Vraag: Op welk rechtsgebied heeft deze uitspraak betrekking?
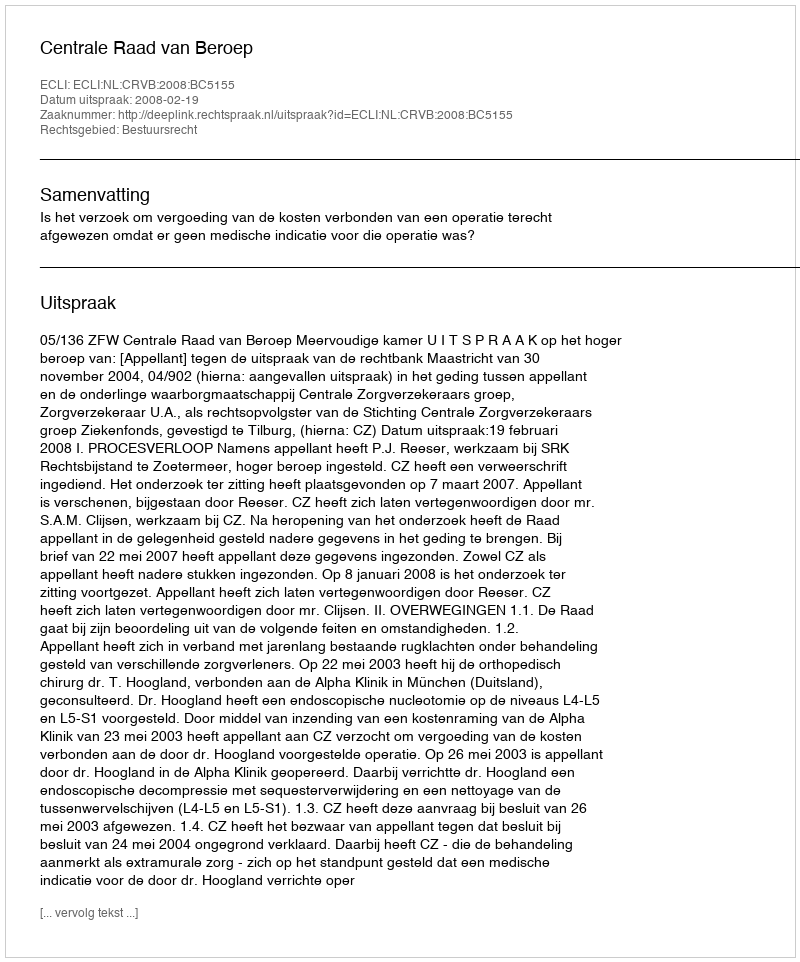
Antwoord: Bestuursrecht